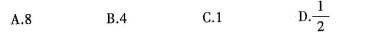
A.8 B.4 C.1D.\frac{1}{2}